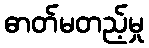
ဓာတ်မတည့်မှု